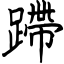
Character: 蹛